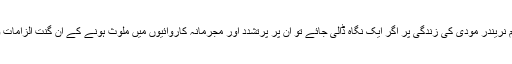
بھارتی وزیرِاعظم نریندر مودی کی زندگی پر اگر ایک نگاہ ڈالی جائے تو ان پر پرتشدد اور مجرمانہ کاروائیوں میں ملوث ہونے کے ان گنت الزامات و شواہد ملیں گے۔